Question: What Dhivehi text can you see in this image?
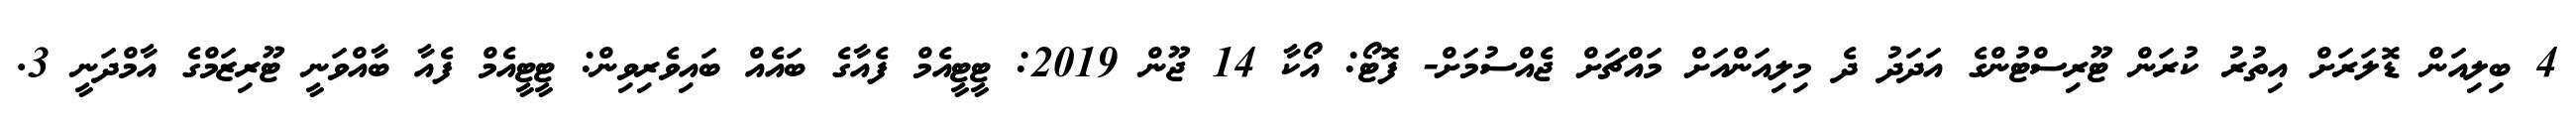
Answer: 4 ބިލިއަން ޑޮލަރަށް އިތުރު ކުރަން ޓޫރިސްޓުންގެ އަދަދު ދެ މިލިއަންއަށް މައްޗަށް ޖެއްސުމަށް- ފޮޓޯ: އޯކާ 14 ޖޫން 2019: ޓީޓީއެމް ފެއާގެ ބައެއް ބައިވެރިވިން: ޓީޓީއެމް ފެއާ ބާއްވަނީ ޓޫރިޒަމްގެ އާމްދަނީ 3.